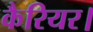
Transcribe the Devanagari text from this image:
कैरियर।